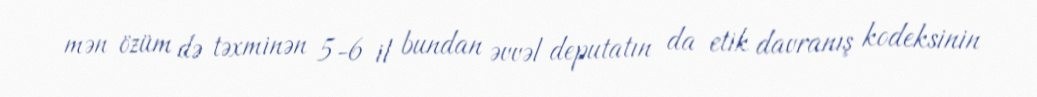
mən özüm də təxminən 5-6 il bundan əvvəl deputatın da etik davranış kodeksinin